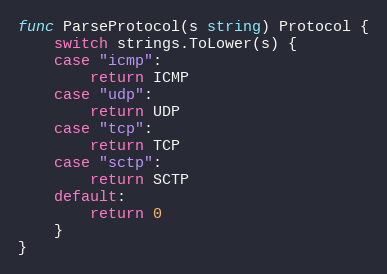
Language: Go
func ParseProtocol(s string) Protocol {
	switch strings.ToLower(s) {
	case "icmp":
		return ICMP
	case "udp":
		return UDP
	case "tcp":
		return TCP
	case "sctp":
		return SCTP
	default:
		return 0
	}
}